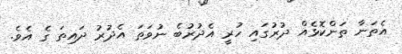
އެތަނާ ތަންކޮޅެއް ދުރުގައި ހުރީ އެދުރުބެ ނުވަތަ އެދުރު ދައިތަ ގެ އެވެ.